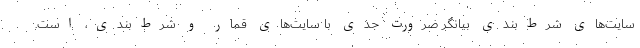
سایت‌های شرط‌بندی بیانگر ضرورت جدی با سایت‌های قمار و شرط‌بندی، است.